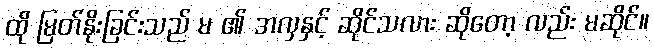
ထို မြတ်နိုးခြင်းသည် မ ၏ အလှနှင့် ဆိုင်သလား ဆိုတော့ လည်း မဆိုင်။